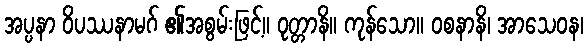
အပ္ပနာ ဝိပဿနာမဂ် ၏အစွမ်းဖြင့်။ ဝုတ္တာနိ။ ကုန်သော။ ဝစနာနိ၊ အာသေဝန၊